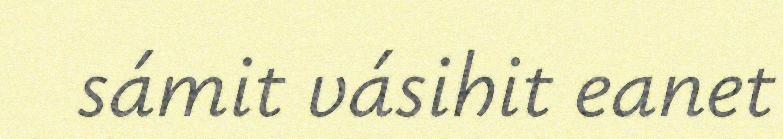
sámit vásihit eanet